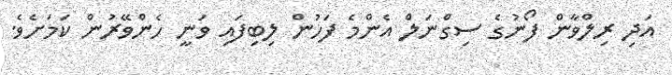
އަދި ރިލްވާން ފޯނުގެ ސިގްނަލް އެންމެ ފަހުން ލިބިފައި ވަނީ ހެންވޭރުން ކަމަށެވެ.